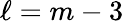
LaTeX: \ell=m-3